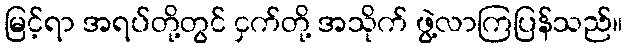
မြင့်ရာ အရပ်တို့တွင် ငှက်တို့ အသိုက် ဖွဲ့လာကြပြန်သည်။